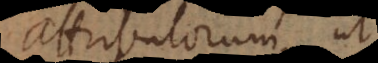
attributorum, ut